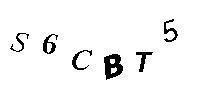
S6CBT5